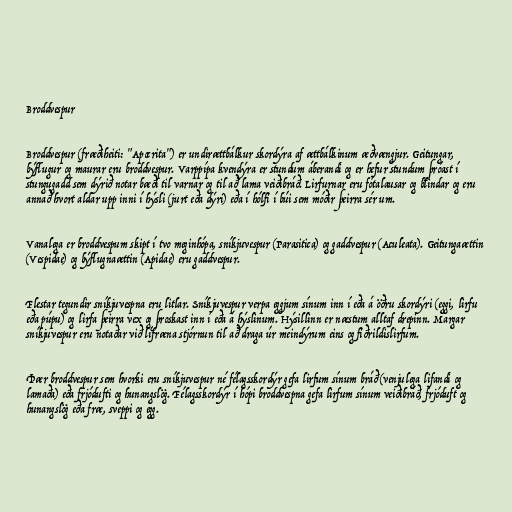
Broddvespur

Broddvespur (fræðiheiti: "Apocrita") er undirættbálkur skordýra af ættbálkinum æðvængjur. Geitungar,
býflugur og maurar eru broddvespur. Varppípa kvendýra er stundum áberandi og er hefur stundum þróast í
stungugadd sem dýrið notar bæði til varnar og til að lama veiðibráð. Lirfurnar eru fótalausar og blindar og eru
annað hvort aldar upp inni í hýsli (jurt eða dýri) eða í hólfi í búi sem móðir þeirra sér um.

Vanalega er broddvespum skipt í tvo meginhópa, sníkjuvespur (Parasitica) og gaddvespur (Aculeata). Geitungaættin
(Vespidae) og býflugnaættin (Apidae) eru gaddvespur.

Flestar tegundir sníkjuvespna eru litlar. Sníkjuvespur verpa eggjum sínum inn í eða á öðru skordýri (eggi, lirfu
eða púpu) og lirfa þeirra vex og þroskast inn í eða á hýslinum. Hýsillinn er næstum alltaf drepinn. Margar
sníkjuvespur eru notaðar við lífræna stjórnun til að draga úr meindýrum eins og fiðrildislirfum.

Þær broddvespur sem hvorki eru sníkjuvespur né félagsskordýr gefa lirfum sínum bráð (venjulega lifandi og
lamaða) eða frjódufti og hunangslög. Félagsskordýr í hópi broddvespna gefa lirfum sínum veiðibráð, frjóduft og
hunangslög eða fræ, sveppi og egg.